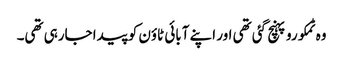
وہ ٹمکورو پہنچ گئی تھی اور اپنے آبائی ٹاؤن کو پیدا جارہی تھی۔